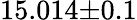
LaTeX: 15.014{\pm}0.1